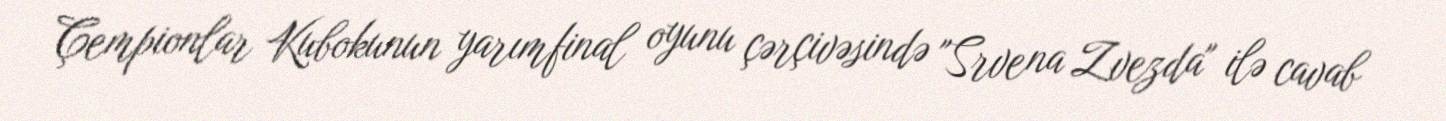
Çempionlar Kubokunun yarımfinal oyunu çərçivəsində "Srvena Zvezda" ilə cavab